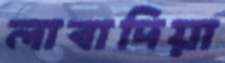
লাবাদিয়া